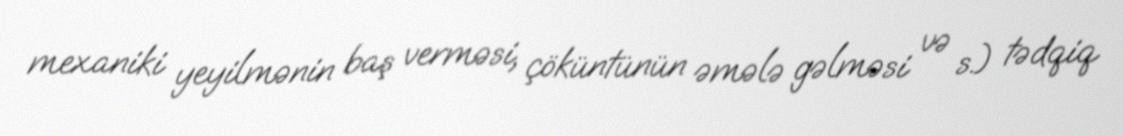
mexaniki yeyilmənin baş verməsi, çöküntünün əmələ gəlməsi və s.) tədqiq